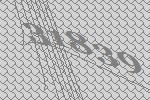
31839